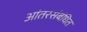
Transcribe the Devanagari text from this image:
आंतरसंबंधित